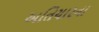
અતિચારના